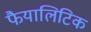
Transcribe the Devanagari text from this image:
फैयालिटिक